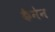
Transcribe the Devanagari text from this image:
कैनेन